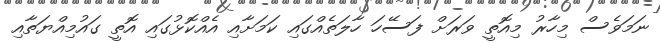
ނަމަވެސް މިހާރު މިއޮތީ ވަރަށް ފަސޭހަ ހާލަތެއްގައި ކަމަށާއި އެއްކޮޅުގައި އޮތީ ގައުމިއްޔަތާއި